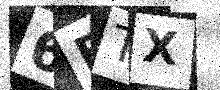
Text: 6FTX